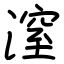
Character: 潌